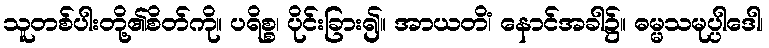
သူတစ်ပါးတို့၏စိတ်ကို။ ပရိစ္စ၊ ပိုင်းခြား၍။ အာယတိံ၊ နောင်အခါ၌။ ဓမ္မသမုပ္ပါဒေါ၊